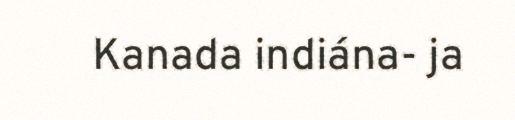
Kanada indiána- ja